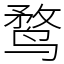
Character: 鹜